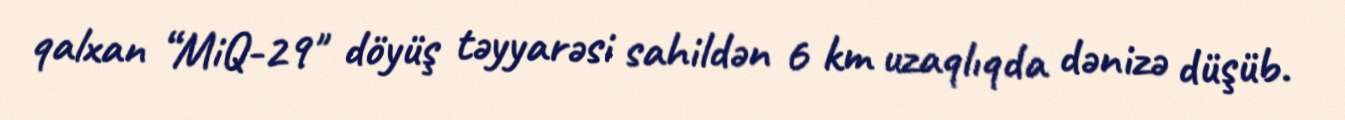
qalxan “MiQ-29" döyüş təyyarəsi sahildən 6 km uzaqlıqda dənizə düşüb.